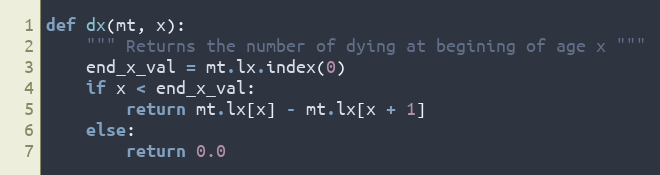
Language: Python
def dx(mt, x):
    """ Returns the number of dying at begining of age x """
    end_x_val = mt.lx.index(0)
    if x < end_x_val:
        return mt.lx[x] - mt.lx[x + 1]
    else:
        return 0.0